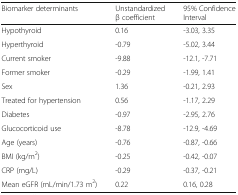
<table><thead><tr><td><b>Biomarker determinants</b></td><td><b>Unstandardized β coefficient</b></td><td><b>95% Confidence Interval</b></td></tr></thead><tbody><tr><td>Hypothyroid</td><td>0.16</td><td>-3.03, 3.35</td></tr><tr><td>Hyperthyroid</td><td>-0.79</td><td>-5.02, 3.44</td></tr><tr><td>Current smoker</td><td>-9.88</td><td>-12.1, -7.71</td></tr><tr><td>Former smoker</td><td>-0.29</td><td>-1.99, 1.41</td></tr><tr><td>Sex</td><td>1.36</td><td>-0.21, 2.93</td></tr><tr><td>Treated for hypertension</td><td>0.56</td><td>-1.17, 2.29</td></tr><tr><td>Diabetes</td><td>-0.97</td><td>-2.95, 2.76</td></tr><tr><td>Glucocorticoid use</td><td>-8.78</td><td>-12.9, -4.69</td></tr><tr><td>Age (years)</td><td>-0.76</td><td>-0.87, -0.66</td></tr><tr><td>BMI (kg/m<sup>2</sup>)</td><td>-0.25</td><td>-0.42, -0.07</td></tr><tr><td>CRP (mg/L)</td><td>-0.29</td><td>-0.37, -0.21</td></tr><tr><td>Mean eGFR (mL/min/1.73 m<sup>2</sup>)</td><td>0.22</td><td>0.16, 0.28</td></tr></tbody></table>